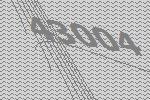
43004